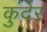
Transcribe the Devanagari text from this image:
कुंदेर